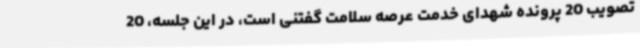
تصویب 20 پرونده شهدای خدمت عرصه سلامت گفتنی است، در این جلسه، 20